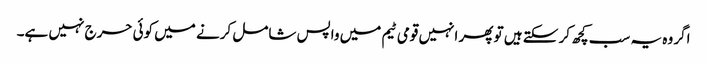
اگر وہ یہ سب کچھ کر سکتے ہیں تو پھر انہیں قومی ٹیم میں واپس شامل کرنے میں کوئی حرج نہیں ہے۔